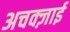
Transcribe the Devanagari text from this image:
अचक्ज़ाई